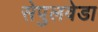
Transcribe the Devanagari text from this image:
सेपुलवेडा